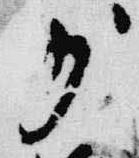
少